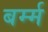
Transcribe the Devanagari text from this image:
बर्म्म